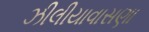
ઝીલીયાવાસણા